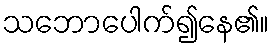
သဘောပေါက်၍နေ၏။